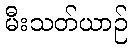
မီးသတ်ယာဉ်